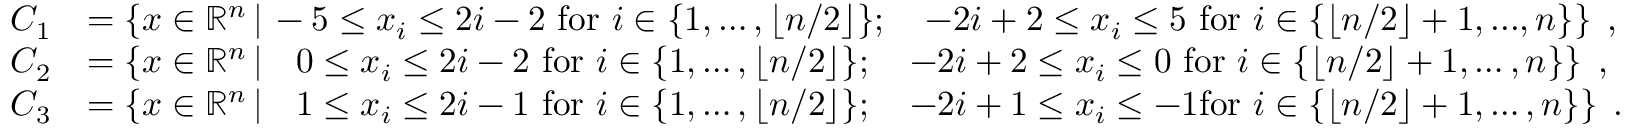
\begin{array} { r l } { C _ { 1 } } & { = \left\{ x \in \mathbb { R } ^ { n } \, | \, - 5 \le x _ { i } \le 2 i - 2 \mathrm { ~ f o r ~ } i \in \{ 1 , \ldots , \lfloor n / 2 \rfloor \} ; \quad - 2 i + 2 \le x _ { i } \le 5 \mathrm { ~ f o r ~ } i \in \{ \lfloor n / 2 \rfloor + 1 , . . . , n \} \right\} \; , } \\ { C _ { 2 } } & { = \left\{ x \in \mathbb { R } ^ { n } \, | \, \phantom { - } 0 \le x _ { i } \le 2 i - 2 \mathrm { ~ f o r ~ } i \in \{ 1 , \ldots , \lfloor n / 2 \rfloor \} ; \quad - 2 i + 2 \le x _ { i } \le 0 \mathrm { ~ f o r ~ } i \in \{ \lfloor n / 2 \rfloor + 1 , \ldots , n \} \right\} \; , } \\ { C _ { 3 } } & { = \left\{ x \in \mathbb { R } ^ { n } \, | \, \phantom { - } 1 \le x _ { i } \le 2 i - 1 \mathrm { ~ f o r ~ } i \in \{ 1 , \ldots , \lfloor n / 2 \rfloor \} ; \quad - 2 i + 1 \le x _ { i } \le - 1 \mathrm { f o r ~ } i \in \{ \lfloor n / 2 \rfloor + 1 , \ldots , n \} \right\} \; . } \end{array}